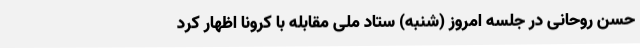
حسن روحانی در جلسه امروز (شنبه) ستاد ملی مقابله با کرونا اظهار کرد